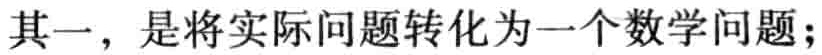
其一，是将实际问题转化为一个数学问题；